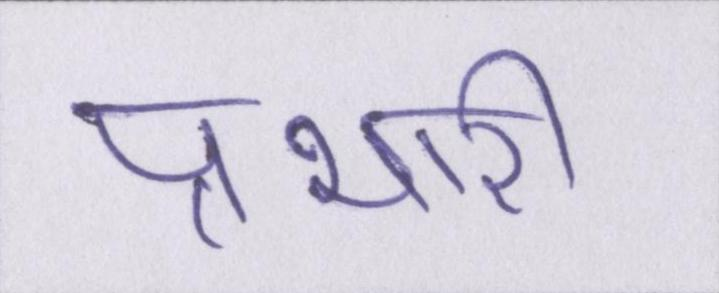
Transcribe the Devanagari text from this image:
प्रभारी